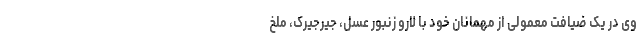
وی در یک ضیافت معمولی از مهمانان خود با لارو زنبور عسل، جیرجیرک، ملخ